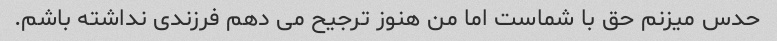
حدس میزنم حق با شماست اما من هنوز ترجیح می دهم فرزندی نداشته باشم.